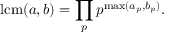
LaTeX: \operatorname { l c m } ( a , b ) = \prod _ { p } p ^ { \operatorname* { m a x } ( a _ { p } , b _ { p } ) } .